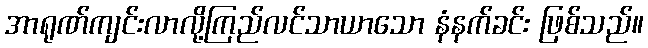
အာရုဏ်ကျင်းလာလို့ကြည်လင်သာယာသော နံနက်ခင်း ဖြစ်သည်။